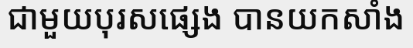
ជាមួយបុរសផ្សេង បានយកសាំង